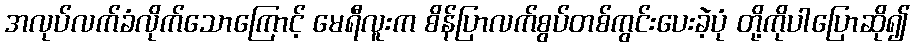
အလုပ်လက်ခံလိုက်သောကြောင့် မေရီလူးက စိန်ပြာလက်စွပ်တစ်ကွင်းပေးခဲ့ပုံ တို့ကိုပါပြောဆို၍